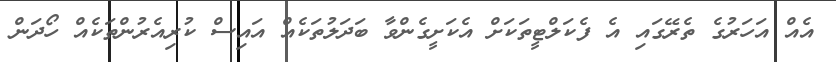
އެއް އަހަރުގެ ތެރޭގައި އެ ފެކަލްޓީތަކަށް އެކަށީގެންވާ ބަދަލުތަކެއް އައިސް ކުރިއެރުންތަކެއް ހޯދަން